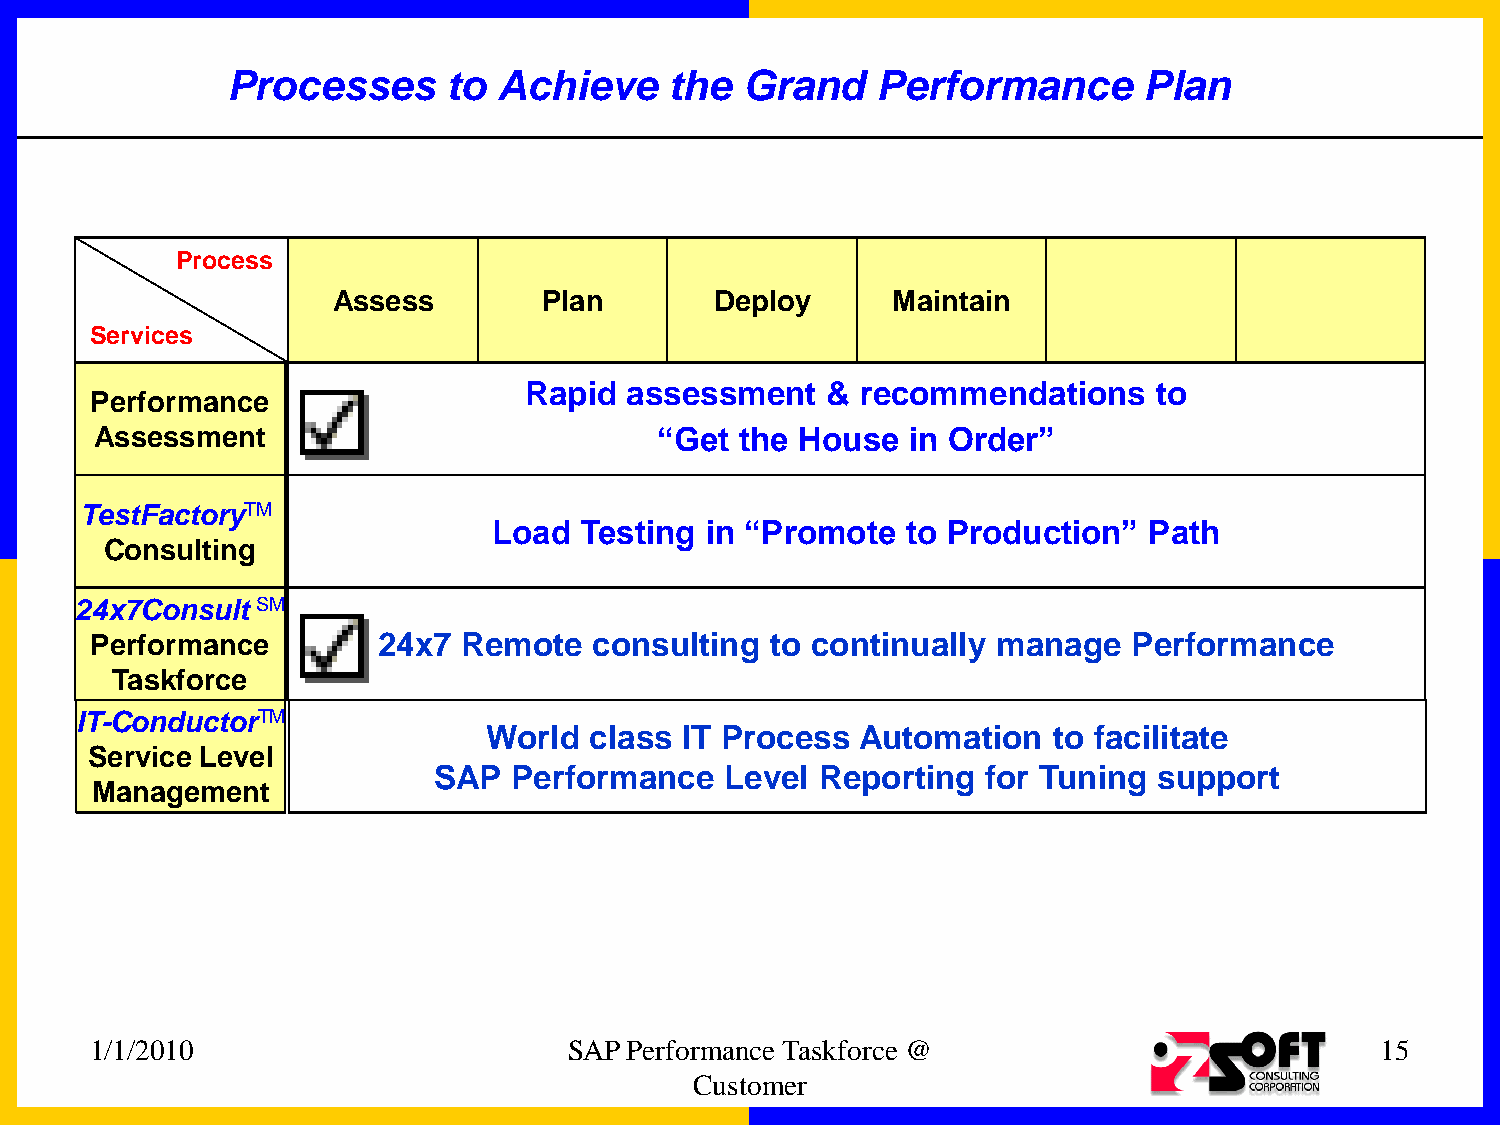
Processes      to Achieve    the  Grand    Performance       Plan
 Process
 Assess        Plan       Deploy      Maintain
 Services
 Rapid assessment    & recommendations     to
 Performance
 Assessment                            “Get the House  in Order”
 TestFactoryTM
 Load Testing  in “Promote  to Production”  Path
 Consulting
 24x7Consult SM
 Performance        24x7 Remote   consulting  to continually manage   Performance
 Taskforce
 IT-ConductorTM
 World  class IT Process  Automation   to facilitate
 Service Level
 SAP  Performance   Level Reporting  for Tuning  support
 Management
 1/1/2010                        SAP Performance Taskforce @                          15
 Customer